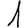
Digit: 1